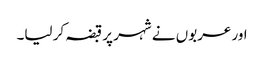
اور عربوں نے شہر پر قبضہ کر لیا۔